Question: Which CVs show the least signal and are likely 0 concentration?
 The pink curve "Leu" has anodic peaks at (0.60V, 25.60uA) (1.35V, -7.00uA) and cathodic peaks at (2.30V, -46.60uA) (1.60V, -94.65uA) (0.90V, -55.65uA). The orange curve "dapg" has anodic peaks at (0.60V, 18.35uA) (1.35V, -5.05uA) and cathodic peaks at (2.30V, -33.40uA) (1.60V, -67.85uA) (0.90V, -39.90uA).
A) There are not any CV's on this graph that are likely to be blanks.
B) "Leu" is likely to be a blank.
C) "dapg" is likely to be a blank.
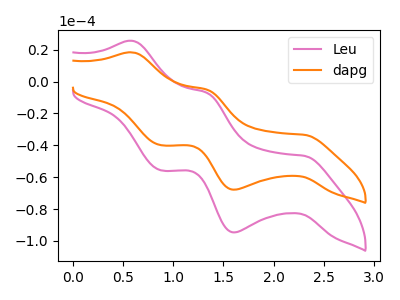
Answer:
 <answer>A) There are not any CV's on this graph that are likely to be blanks.</answer>
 <eval>A</eval>